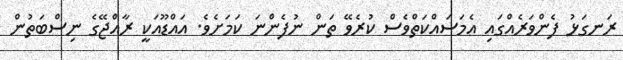
ރަނގަޅު ފެންވަރެއްގައި އެމަސައްކަތްވެސް ކުރެވޭ ތަން ނުފެންނަަ ކަމަށެވެ. އައްޑޫއަކީ ރާއްޖޭގެ ނިސްބަތުން